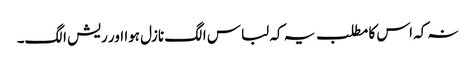
نہ کہ اس کا مطلب یہ کہ لباس الگ نازل ہوا اور ریش الگ۔